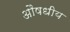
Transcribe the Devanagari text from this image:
अौषधीय